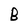
Character: B